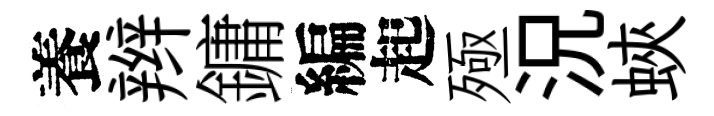
養辫鏞編起殛況蛺